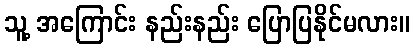
သူ့ အကြောင်း နည်းနည်း ပြောပြနိုင်မလား။